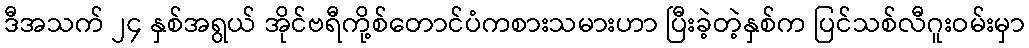
ဒီအသက် ၂၄ နှစ်အရွယ် အိုင်ဗရီကို့စ်တောင်ပံကစားသမားဟာ ပြီးခဲ့တဲ့နှစ်က ပြင်သစ်လီဂူးဝမ်းမှာ